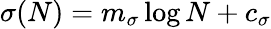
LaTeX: \sigma(N)=m_{\sigma}\log N+c_{\sigma}